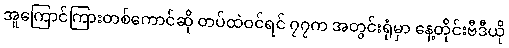
အူကြောင်ကြားတစ်ကောင်ဆို တပ်ထဲဝင်ရင် ၇၇က အတွင်းရုံမှာ နေ့တိုင်းဗီဒီယို